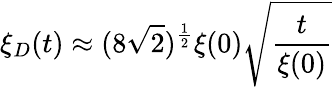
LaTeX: \xi_{D}(t)\approx(8\sqrt{2})^{\frac{1}{2}}\xi(0)\sqrt{\frac{t}{\xi(0)}}